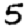
Digit: 5